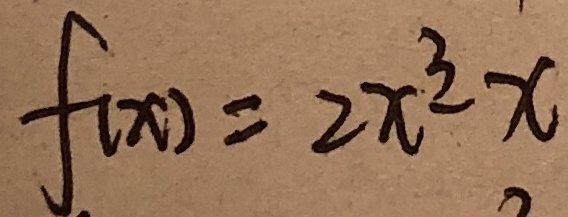
f ( x ) = 2 x ^ { 3 } - x